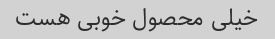
خیلی محصول خوبی هست